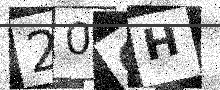
Text: 20GH